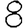
Digit: 8